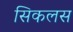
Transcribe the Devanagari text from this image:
सिकलस